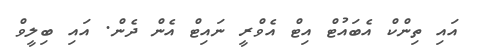
އައި ތިންކް އެބައުޓް އިޓް އެވްރީ ނައިޓް އެން ދެން. އައި ބިލީވް